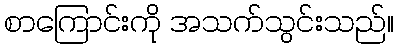
စာကြောင်းကို အသက်သွင်းသည်။